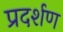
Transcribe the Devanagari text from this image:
प्रदर्शण